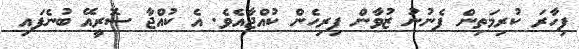
ފިހާރަ ކުރިމަތިން ފެނުނު ޒުވާން ފިރިހެން ކުއްޖާއެވެ. އެ ކުއްޖާ ސޮރީއޭ ބުނެފައި